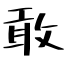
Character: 敢